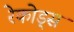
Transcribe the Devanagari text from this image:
रेकोड्स